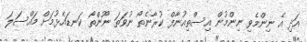
އަދި އެ ނިންމެވި ނިންމުން އިސްތިއުނާފް ކުރާނެތޯ ނުވަތަ ނޫންތޯ ކަނޑައެޅުމަށް މައްސަލަ